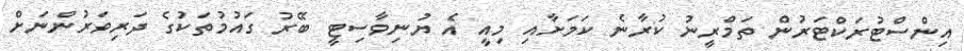
އިންސްޓުރަކްޓަރުން ތަމްރީނު ކުރާނެ ކަމަށާއި މިއީ އެ ޔުނިވާސިޓީ ބޭރު ގައުމުތަކުގެ ދަރިވަރުންނަށް